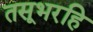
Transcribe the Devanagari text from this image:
तसूभरहि